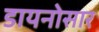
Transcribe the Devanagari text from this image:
डायनोसार